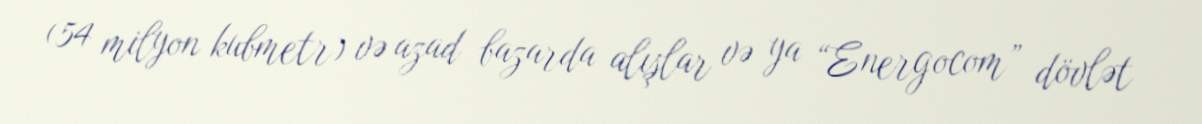
(54 milyon kubmetr) və azad bazarda alışlar və ya “Energocom” dövlət